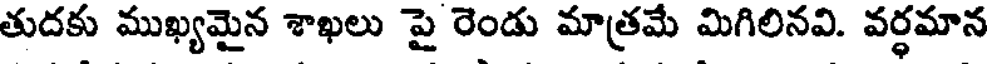
తుదకు ముఖ్యమైన శాఖలు పై రెండు మాత్రమే మిగిలినవి. వర్ధమాన